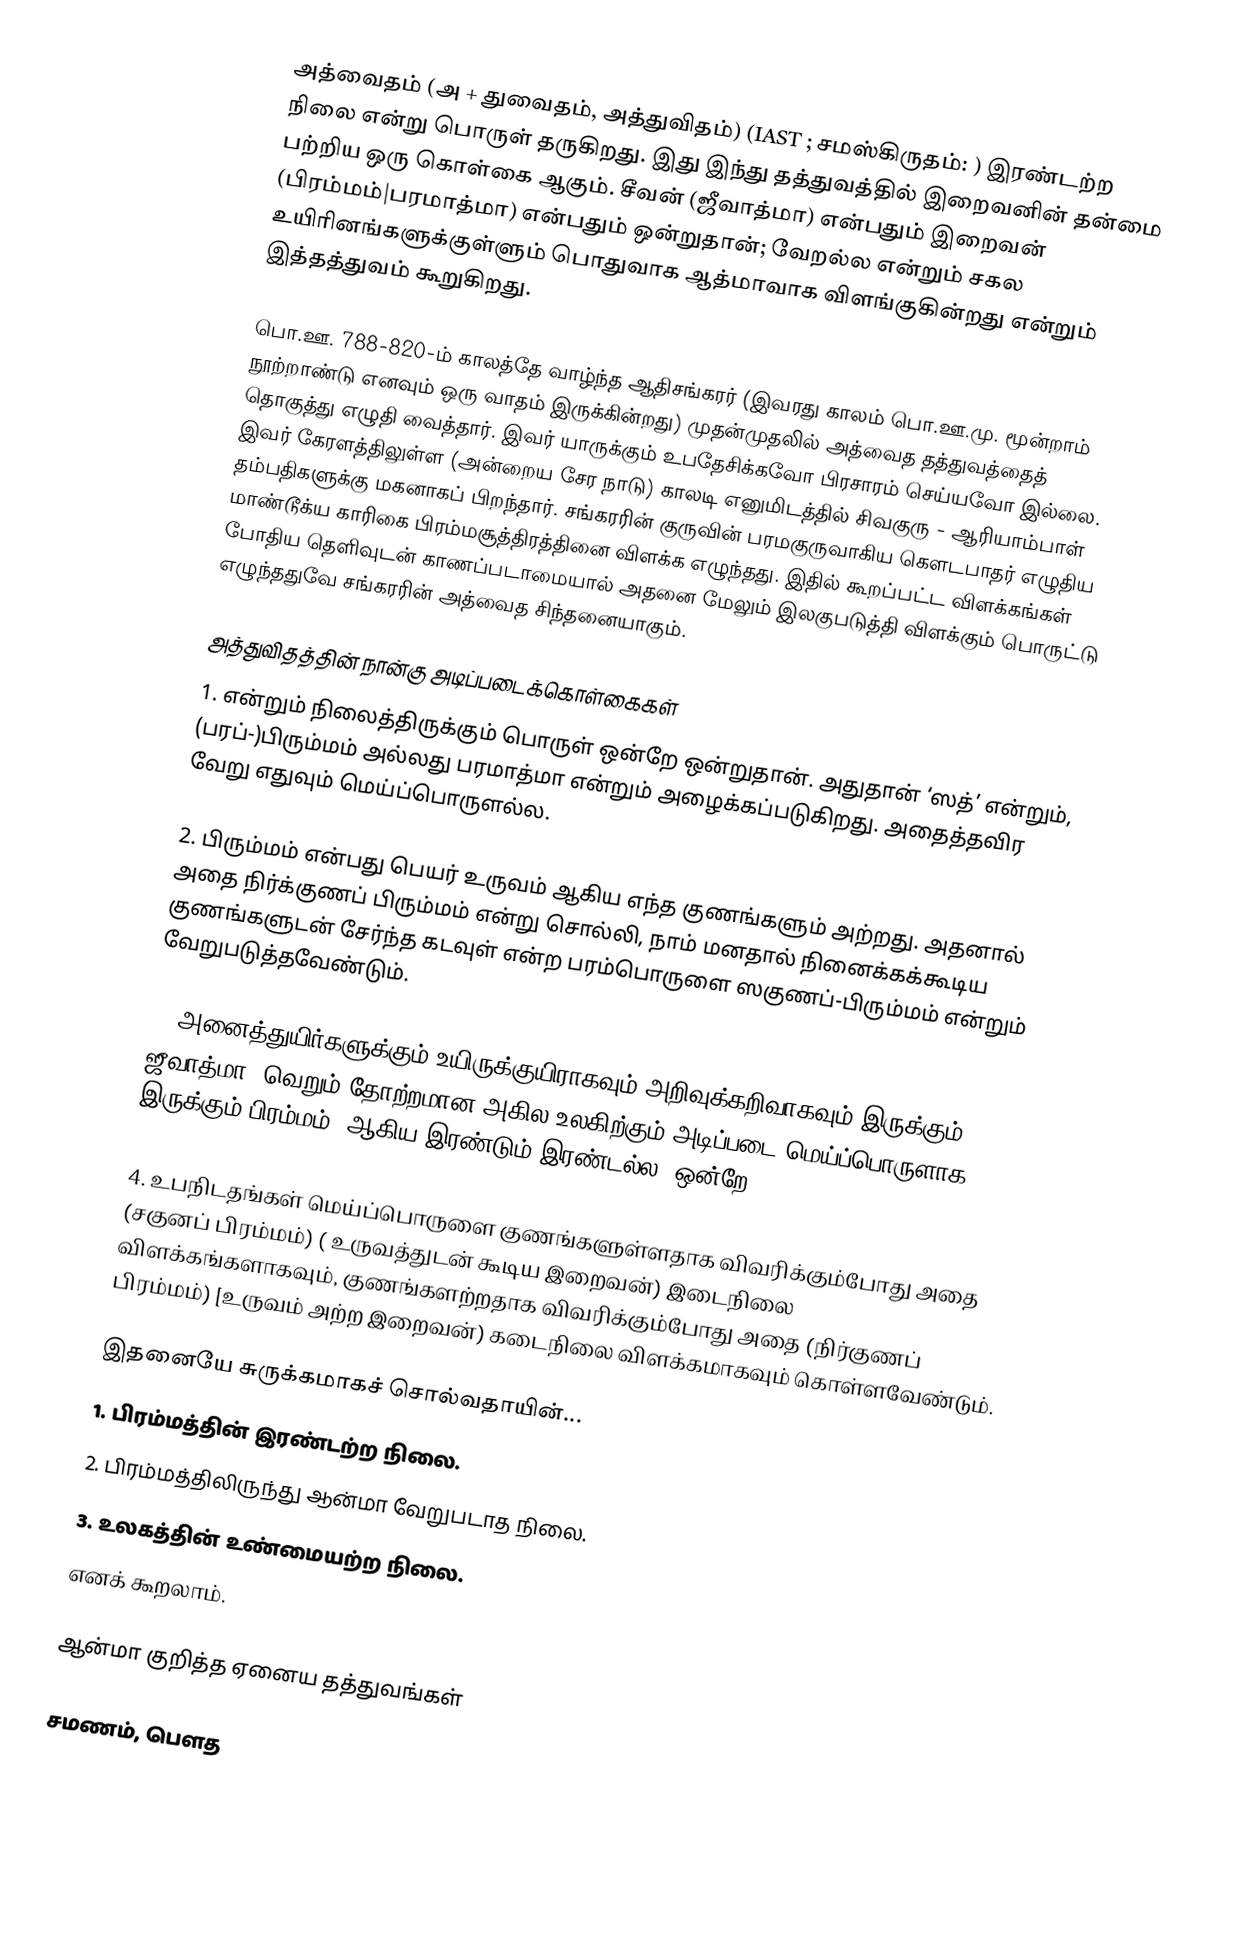
அத்வைதம் (அ + துவைதம், அத்துவிதம்) (IAST ; சமஸ்கிருதம்:  ) இரண்டற்ற நிலை என்று பொருள் தருகிறது. இது இந்து தத்துவத்தில் இறைவனின் தன்மை பற்றிய ஒரு கொள்கை ஆகும்.  சீவன் (ஜீவாத்மா) என்பதும் இறைவன் (பிரம்மம்|பரமாத்மா) என்பதும் ஒன்றுதான்; வேறல்ல என்றும் சகல உயிரினங்களுக்குள்ளும் பொதுவாக ஆத்மாவாக விளங்குகின்றது என்றும் இத்தத்துவம் கூறுகிறது.

பொ.ஊ. 788-820-ம் காலத்தே வாழ்ந்த ஆதிசங்கரர் (இவரது காலம் பொ.ஊ.மு. மூன்றாம் நூற்றாண்டு எனவும் ஒரு வாதம் இருக்கின்றது) முதன்முதலில் அத்வைத தத்துவத்தைத் தொகுத்து எழுதி வைத்தார். இவர் யாருக்கும் உபதேசிக்கவோ பிரசாரம் செய்யவோ இல்லை. இவர் கேரளத்திலுள்ள (அன்றைய சேர நாடு) காலடி எனுமிடத்தில் சிவகுரு - ஆரியாம்பாள் தம்பதிகளுக்கு மகனாகப் பிறந்தார். சங்கரரின் குருவின் பரமகுருவாகிய கௌடபாதர் எழுதிய மாண்டூக்ய காரிகை பிரம்மசூத்திரத்தினை விளக்க எழுந்தது. இதில் கூறப்பட்ட விளக்கங்கள் போதிய தெளிவுடன் காணப்படாமையால் அதனை மேலும் இலகுபடுத்தி விளக்கும் பொருட்டு எழுந்ததுவே சங்கரரின் அத்வைத சிந்தனையாகும்.

அத்துவிதத்தின் நான்கு அடிப்படைக்கொள்கைகள்
1. என்றும் நிலைத்திருக்கும் பொருள் ஒன்றே ஒன்றுதான். அதுதான் ‘ஸத்’ என்றும், (பரப்-)பிரும்மம் அல்லது பரமாத்மா என்றும் அழைக்கப்படுகிறது. அதைத்தவிர வேறு எதுவும் மெய்ப்பொருளல்ல.

2. பிரும்மம் என்பது பெயர் உருவம் ஆகிய எந்த குணங்களும் அற்றது. அதனால் அதை நிர்க்குணப் பிரும்மம் என்று சொல்லி, நாம் மனதால் நினைக்கக்கூடிய குணங்களுடன் சேர்ந்த கடவுள் என்ற பரம்பொருளை ஸகுணப்-பிரும்மம் என்றும் வேறுபடுத்தவேண்டும்.

3. அனைத்துயிர்களுக்கும் உயிருக்குயிராகவும் அறிவுக்கறிவாகவும் இருக்கும் ஜீவாத்மா, வெறும் தோற்றமான அகில உலகிற்கும் அடிப்படை மெய்ப்பொருளாக இருக்கும் பிரம்மம், ஆகிய இரண்டும் இரண்டல்ல, ஒன்றே.

4. உபநிடதங்கள் மெய்ப்பொருளை குணங்களுள்ளதாக விவரிக்கும்போது அதை (சகுனப் பிரம்மம்) ( உருவத்துடன் கூடிய இறைவன்) இடைநிலை விளக்கங்களாகவும், குணங்களற்றதாக விவரிக்கும்போது அதை (நிர்குணப் பிரம்மம்)  [உருவம் அற்ற இறைவன்) கடைநிலை விளக்கமாகவும் கொள்ளவேண்டும்.

இதனையே சுருக்கமாகச் சொல்வதாயின்...
1. பிரம்மத்தின் இரண்டற்ற நிலை.
2. பிரம்மத்திலிருந்து ஆன்மா வேறுபடாத நிலை.
3. உலகத்தின் உண்மையற்ற நிலை.
எனக் கூறலாம்.

ஆன்மா குறித்த ஏனைய தத்துவங்கள்

சமணம், பௌத